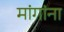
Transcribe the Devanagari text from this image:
मांगांना